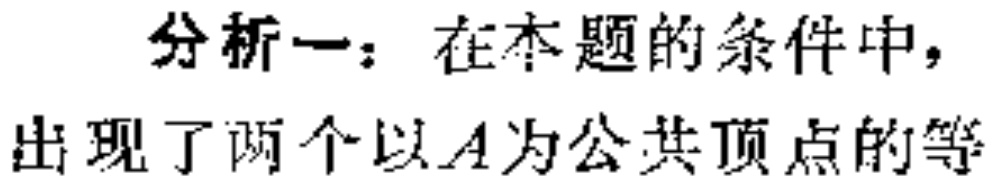
分析一：在本题的条件中，出现了两个以\(A\)为公共顶点的等